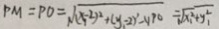
P M = P O = \sqrt { ( x - 2 ) ^ { 2 } + ( y - 2 ) ^ { 2 } - 4 7 0 } = \sqrt { x _ { 1 } ^ { 2 } + y _ { 1 } ^ { 2 } }